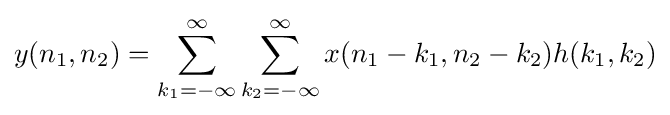
y(n_{1},n_{2})=\sum _{k_{1}=-\infty }^{\infty }\sum _{k_{2}=-\infty }^{\infty }x(n_{1}-k_{1},n_{2}-k_{2})h(k_{1},k_{2})